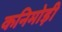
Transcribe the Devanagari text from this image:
कनिमोड़ी